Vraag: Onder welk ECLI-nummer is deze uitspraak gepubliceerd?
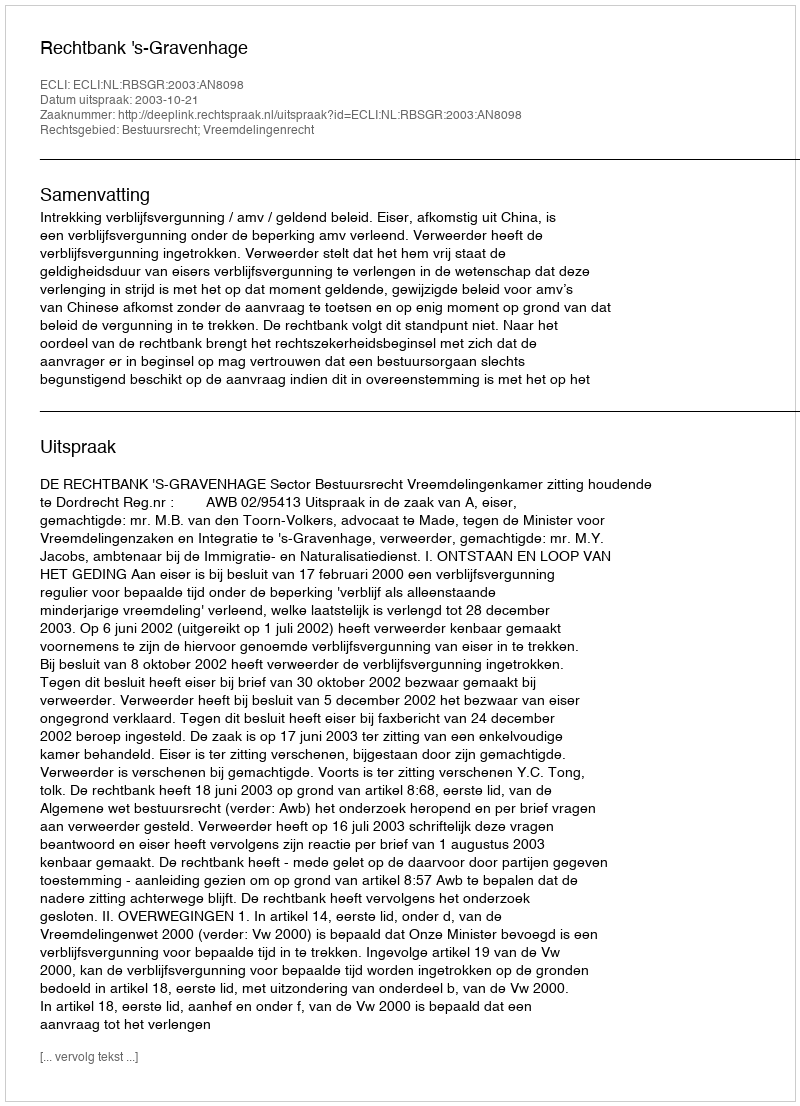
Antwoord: ECLI:NL:RBSGR:2003:AN8098